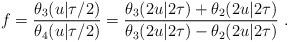
LaTeX: \begin{align*}f= \frac{\theta_3(u|\tau/2)}{\theta_4(u|\tau/2)} = {\theta_3(2u|2\tau) +\theta_2(2u|2\tau )\over \theta_3(2u|2\tau) - \theta_2(2u|2\tau )}~.\end{align*}